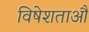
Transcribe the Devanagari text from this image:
विषेशताऔ